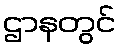
ဌာနတွင်